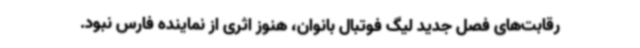
رقابت‌های فصل جدید لیگ فوتبال بانوان، هنوز اثری از نماینده فارس نبود.